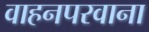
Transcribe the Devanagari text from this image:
वाहनपरवाना